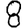
Digit: 8